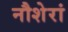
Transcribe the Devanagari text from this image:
नौशेरां